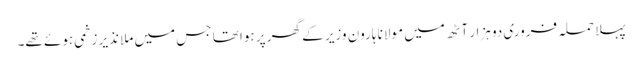
پہلا حملہ فروری دو ہزار آٹھ میں مولانا ہارون وزیر کے گھر پر ہوا تھا جس میں ملا نذیر زخمی ہوئے تھے۔